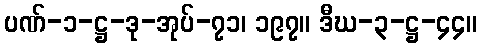
ပဏ်-၁-ဋ္ဌ-ဒု-အုပ်-၇၁၊ ၁၉၇။ ဒီဃ-၃-ဋ္ဌ-၄၄။